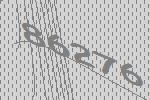
86276